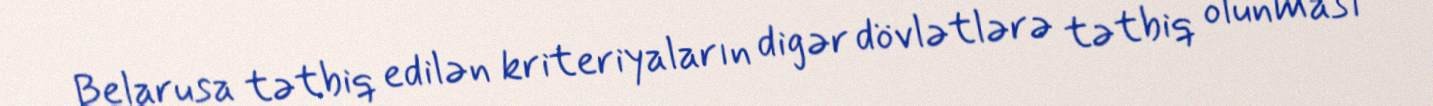
Belarusa tətbiq edilən kriteriyaların digər dövlətlərə tətbiq olunması